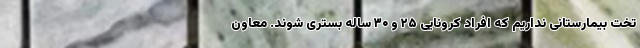
تخت بیمارستانی نداریم که افراد کرونایی ۲۵ و ۳۰ ساله بستری شوند. معاون